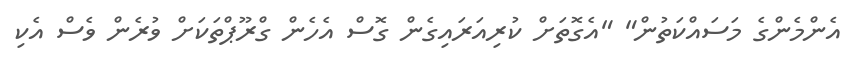
އެންމެންގެ މަސައްކަތުން" "އެގޮތަށް ކުރިއަރައިގެން ގޮސް އެހެން ގްރޫޕްތަކަށް ވުރެން ވެސް އެކި